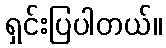
ရှင်းပြပါတယ်။